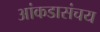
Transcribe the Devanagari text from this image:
आंकडासंचय